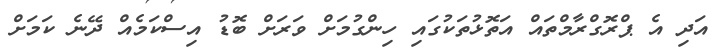
އަދި އެ ޕްރޮގްރާމްތައް އަތޮޅުތަކުގައި ހިންގުމަށް ވަރަށް ބޮޑު އިސްކަމެއް ދޭނެ ކަމަށް